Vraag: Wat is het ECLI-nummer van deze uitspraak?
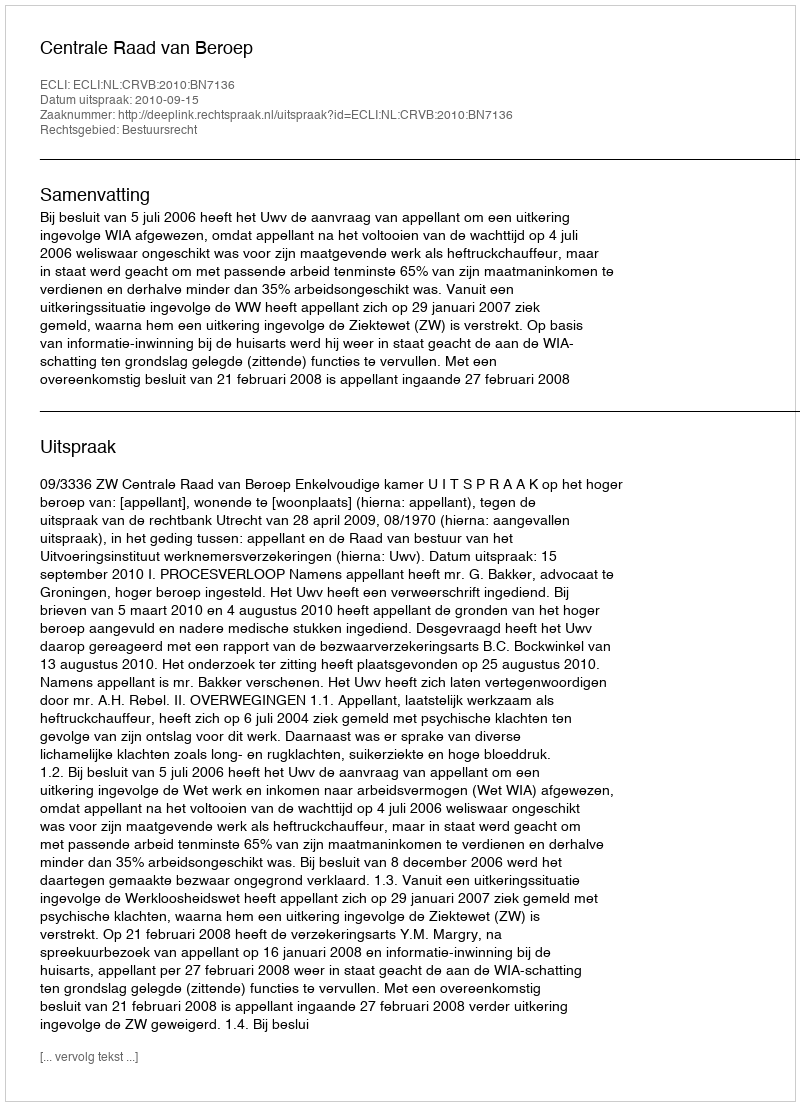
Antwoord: ECLI:NL:CRVB:2010:BN7136